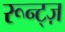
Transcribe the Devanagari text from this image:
रून्ट्ज़